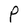
Character: P